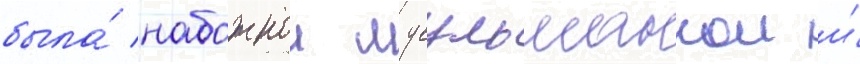
была́ набожнои мусульманкои и́